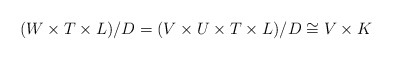
\begin{align*}(W\times T\times L)/D=(V\times U\times T\times L)/D\cong V\times K\end{align*}